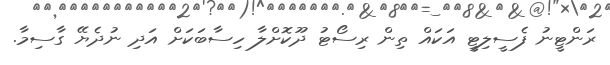
ރަންޓީނު ފެސީލިޓީ އަކައް ތިން ރިސޯޓު ދޫކޮށްލާ ހިސާބަކަށް އަދި ނުދެޔޭ ގާސިމާ.